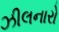
ઝીલનારો